Karksi_vallavalitsus, lk 85
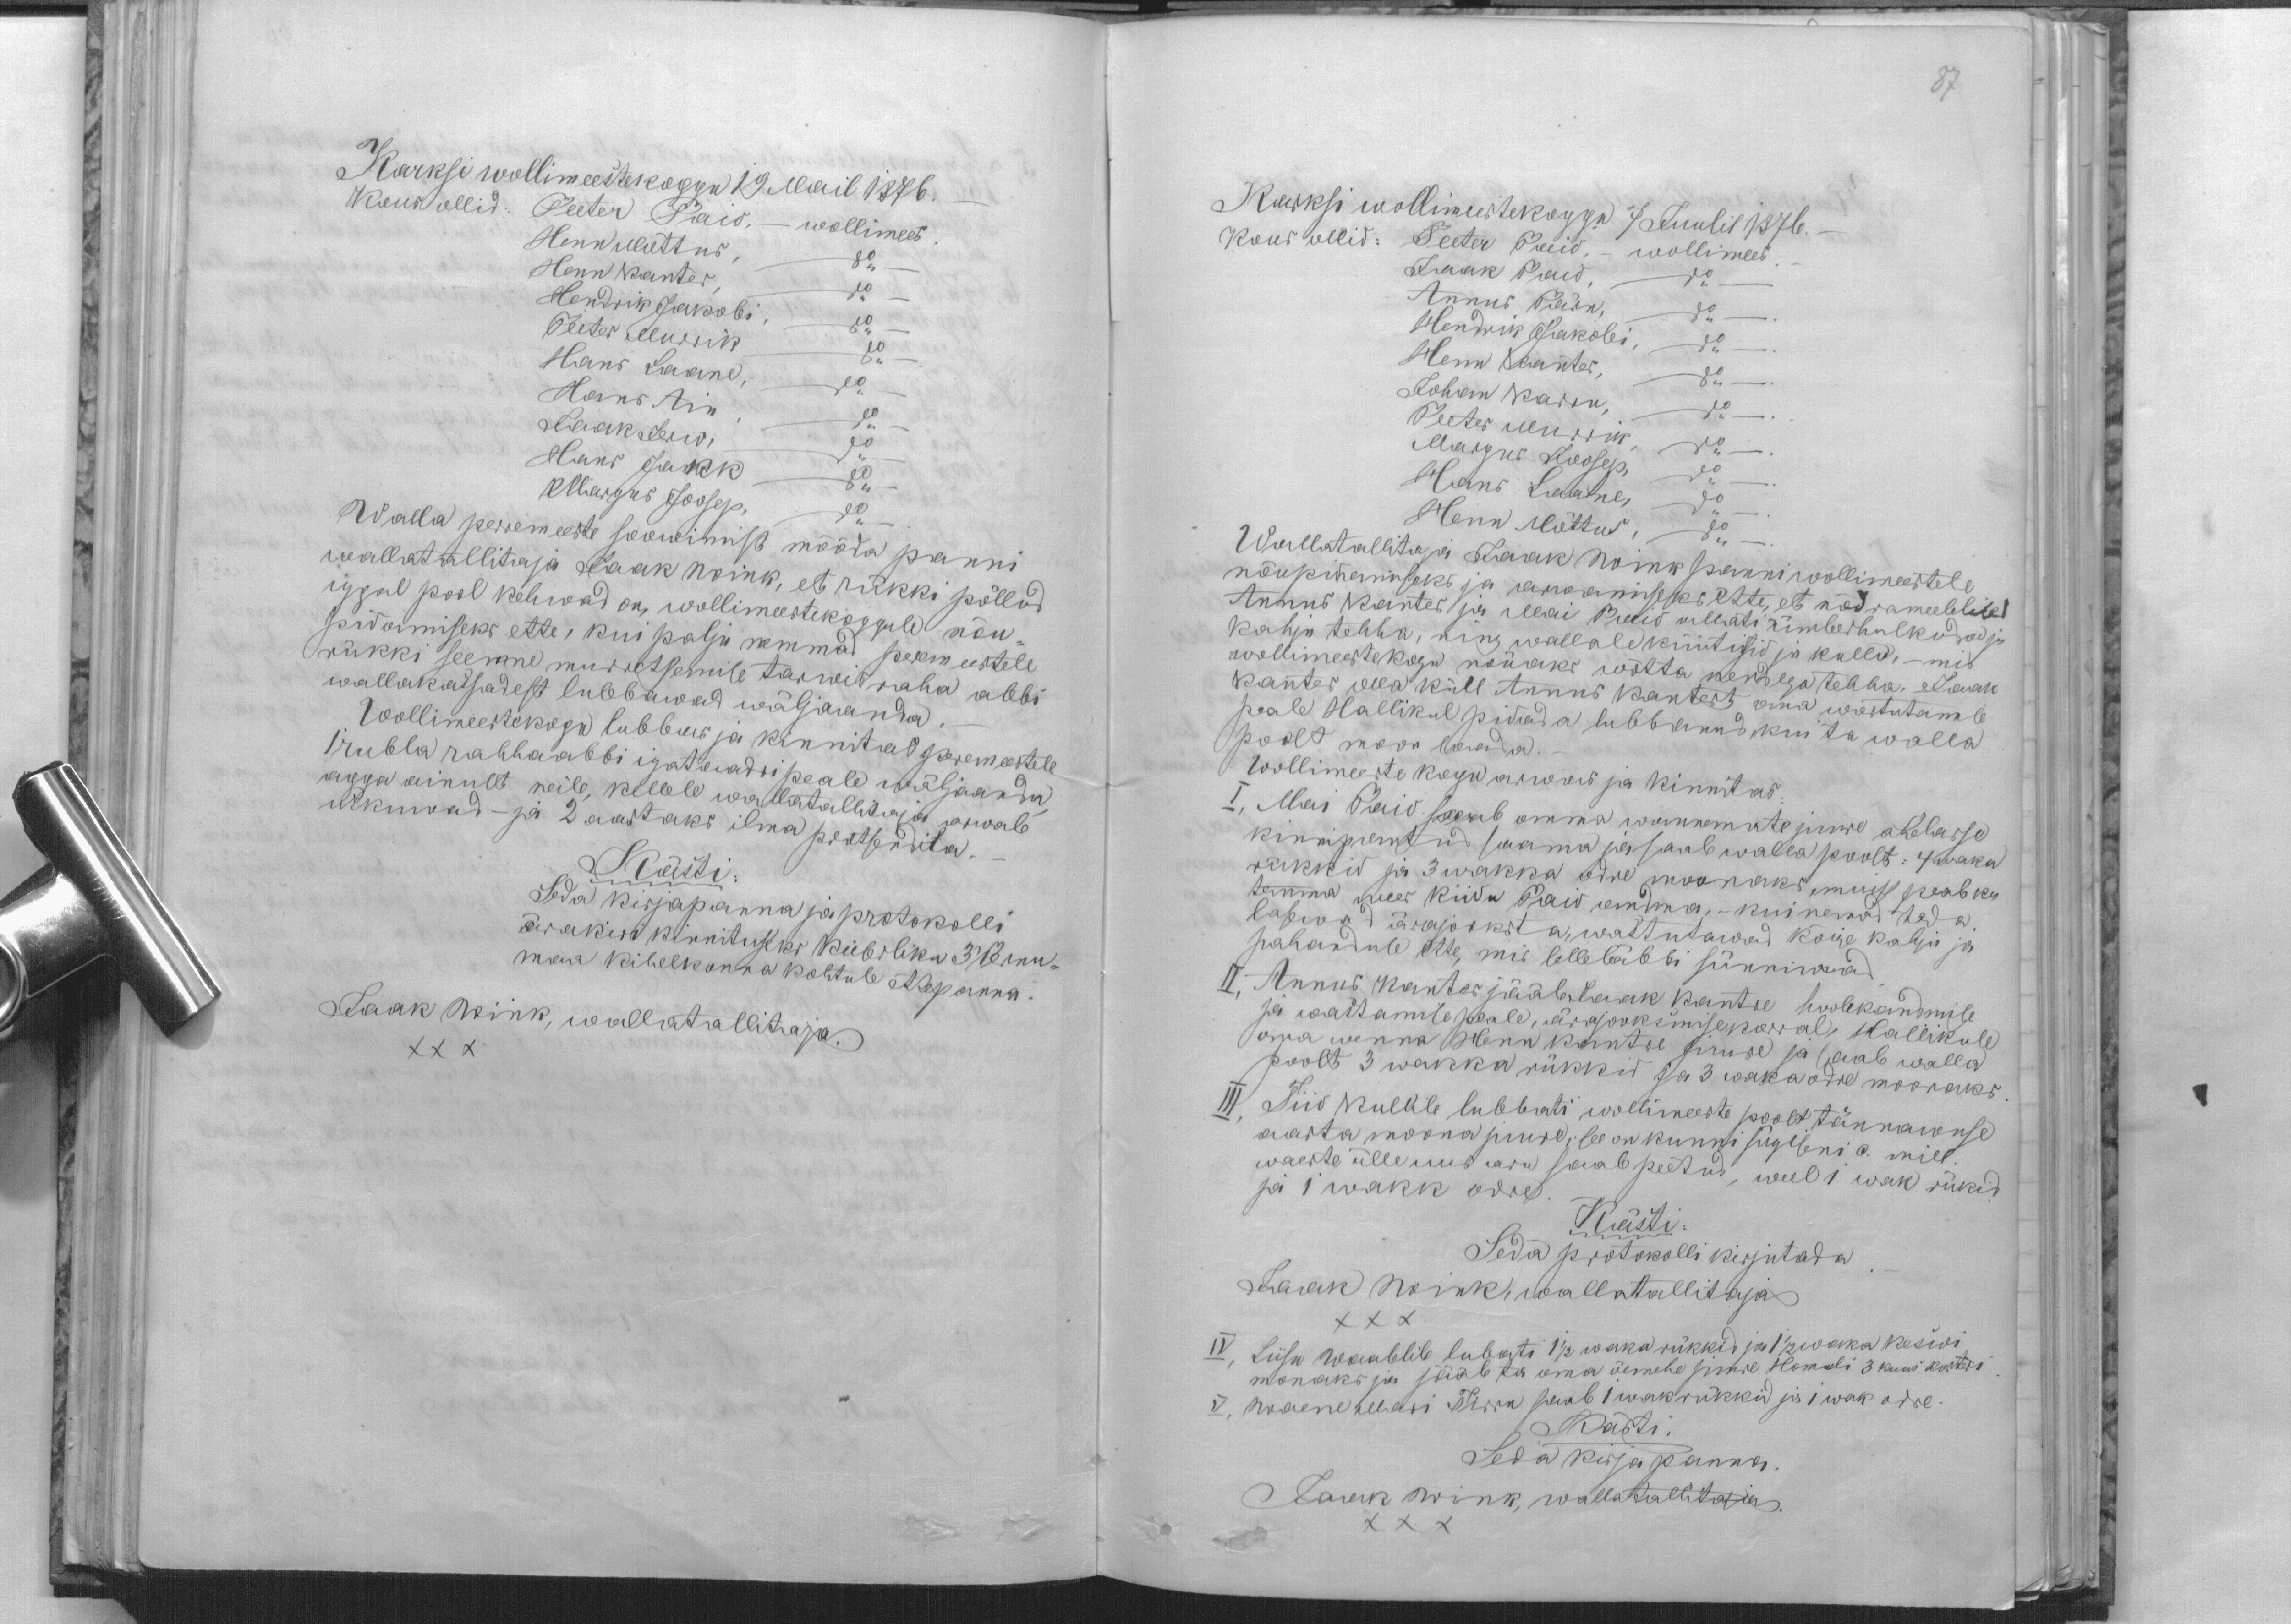
Karksi wollimeestekoggu 19 Mail 1876.
Kous ollid: Peeter Pais. - wollimees
Henn Mõttus. do
Henn Kanter. do
Hendrik Jakobi. do
Peeter Murrik do
Hans Laane, do
Hans Ain. do
Jaak Jerw, do
Hans Jakk do
Margus Joosep, do
Walla perremeeste soowimist mööda panni
wallatallitaja Jaak Wink, et rükki põllud
iggal pool kehwad on, wollimeestekoggule nõu-
pidamiseks ette, kui palju nemmad peremeestele
rükki seemne murretsemise tarwis raha abbi
wallakassadest lubbawad wäljaanda.
Wollimeestekogu lubbas ja kinnitas peremeestele
1 rubla rahhaabi igataadri peale wäljaanda
agga ainult neile, kellele wallatallitaja arwab
uskuwad - ja 2 aastaks ilma protsendita.
Kästi:
Seda kirjapanna ja protokolli
ärakiri kinnituseks Keiserliku 3" Pernu-
maa kihelkonna kohtule ettepanna.
Jaak Wink, wallatallitaja.
XXX

87
Karksi wollimeestekoggu 7 Juulil 1876.
Kous ollid: Peeter Paio. - Wollimees. -
Jaak Paio. do
Annus Pärn, do.
Hendrik Jakobi. do.
Henn Kanter, do.
Johan Karru, do.
Peeter Murrik, do.
Margus Joosep, do.
Hans Laane, do.
Henn Mõttus, do.
Wallatallitaja Jaak Wink panni wollimeestele
nõupidamiseks ja arwamiseks ette, et nõdrameelelised
Annus Kanter ja Mai Paio allati ümberhulkusid ja
kahju tehha, ning wallale küütisid ja kullu, - mis
wollimeestekogu nõuaks wõtta nendega tehha. Jaak
Kanter olla küll Annus Kantert oma wastutamise
peale Hallikul pidada lubbanud, kui ta walla
poolt moon saada.
Wollimeeste kogu arwas ja kinnitas:
I, Mai Paio saab omma wannemate juure ahelasse
kinnipantud saama ja saab walla poolt: 4 waka
rükkid ja 3 wakka odre moonaks muist peab ka
temma mees Riidu Paio andma, - kui nemad teda
lasewad ärajooksta, wastutawad kõige kahju ja
pahanduse ette, mis selleläbi sünniwad
II Annus Kanter jääb Jaak Kantre hoolekandmise
ja wastamise peale, ärajooksmise korral Hallikule
oma wenna Henn Kantre juure ja saab walla
poolt 3 wakka rükkid ja 3 waka odre moonaks
III, Tiio Kullile lubbati wollimeeste poolt tännawuse
aasta moona juure, see on kunni sügiseni a. mill.
waeste ülle uus aru saab peetud, weel 1 wak rükid
ja 1 wakk odre.
Kästi:
Seda protokolli kirjutada
Jaak Wink, wallatallitaja
XXX
IV, Liisu Waablile lubati 1 1/2 waka rükkid ja 1 1/2 wakka keswi
monaks ja jääb ta oma õemehe juure Homuli 3 kuus korteri
V, Waene Mari Tirru saab 1 wak rükkid ja 1 wak odre.
Kästi.
Seda kirja panna.
Jaak Wink, wallatallitaja.
XXX